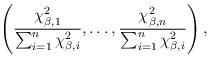
LaTeX: \begin{align*}\left(\frac{\chi_{\beta,1}^2}{\sum_{i = 1}^n \chi_{\beta,i}^2} , \dots, \frac{\chi_{\beta,n}^2}{\sum_{i = 1}^n \chi_{\beta,i}^2} \right),\end{align*}